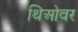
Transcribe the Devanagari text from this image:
थिओवर